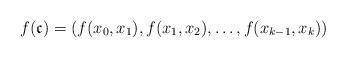
LaTeX: \begin{align*}f(\mathfrak{c}) = (f(x_0,x_1), f(x_1,x_2), \dots , f(x_{k-1},x_k))\end{align*}